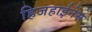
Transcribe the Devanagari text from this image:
हिजहाईनेस